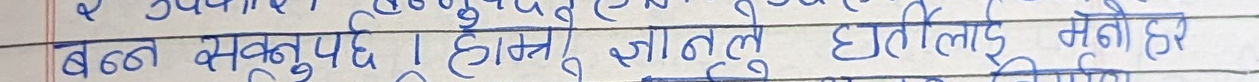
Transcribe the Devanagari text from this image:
बन्न सकुपर्छ । होइन, जान्नु घातिलाग्ने नै हो।